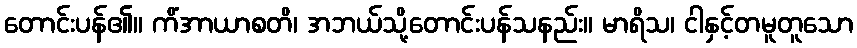
တောင်းပန်၏။ ကိံအာယာစတိ၊ အဘယ်သို့တောင်းပန်သနည်း။ မာရိသ၊ ငါနှင့်တမူတူသော